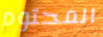
المحتوم